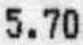
5.70